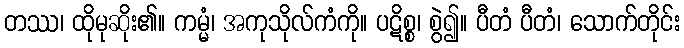
တဿ၊ ထိုမုဆိုး၏။ ကမ္မံ၊ အကုသိုလ်ကံကို။ ပဋိစ္စ၊ စွဲ၍။ ပီတံ ပီတံ၊ သောက်တိုင်း